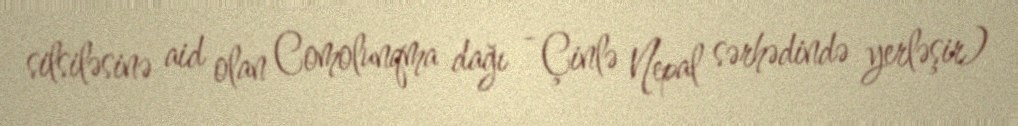
silsiləsinə aid olan Comolunqma dağı - Çinlə Nepal sərhədində yerləşir)